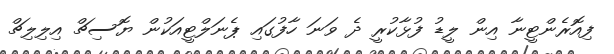
ފިއޮރެންޓީނާ އިން ލީޑު ފުޅާކުރީ ދެ ވަނަ ހާފުގައި ޕެނަލްޓީއަކުން ޔޮޮސިޗް އިލިލިޗް